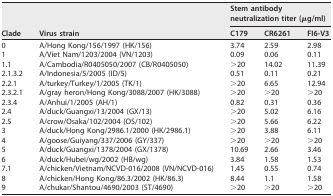
| <ROWSPAN=2> Clade | <ROWSPAN=2> Virus strain | <COLSPAN=3> Stem antibody neutralization titer (μg/ml) |
 | C179 | CR6261 | FI6-V3 |
 | --- | --- | --- | --- | --- |
 | 0 | A/Hong Kong/156/1997 (HK/156) | 3.74 | 2.59 | 2.98 |
 | 1 | A/Viet Nam/1203/2004 (VN/1203) | 0.09 | 0.06 | 0.11 |
 | 1.1 | A/Cambodia/R0405050/2007 (CB/R0405050) | >20 | 14.02 | 11.39 |
 | 2.1.3.2 | A/Indonesia/5/2005 (ID/5) | 0.51 | 0.11 | 0.21 |
 | 2.2.1 | A/turkey/Turkey/1/2005 (TK/1) | >20 | 6.65 | 12.94 |
 | 2.3.2.1 | A/gray heron/Hong Kong/3088/2007 (HK/3088) | >20 | >20 | >20 |
 | 2.3.4 | A/Anhui/1/2005 (AH/1) | 0.82 | 0.31 | 0.36 |
 | 2.4 | A/duck/Guangxi/13/2004 (GX/13) | >20 | 5.02 | 6.16 |
 | 2.5 | A/crow/Osaka/102/2004 (OS/102) | >20 | 5.66 | 6.22 |
 | 3 | A/duck/Hong Kong/2986.1/2000 (HK/2986.1) | >20 | 3.88 | 6.11 |
 | 4 | A/goose/Guiyang/337/2006 (GY/337) | >20 | >20 | >20 |
 | 5 | A/duck/Guangxi/1378/2004 (GX/1378) | 10.69 | 2.66 | 3.46 |
 | 6 | A/duck/Hubei/wg/2002 (HB/wg) | 3.84 | 1.58 | 1.53 |
 | 7.1 | A/chicken/Vietnam/NCVD-016/2008 (VN/NCVD-016) | 1.45 | 0.55 | 0.74 |
 | 8 | A/chicken/Hong Kong/86.3/2002 (HK/86.3) | 8.44 | 1.1 | 1.58 |
 | 9 | A/chukar/Shantou/4690/2003 (ST/4690) | >20 | >20 | >20 |